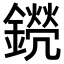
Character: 𨭊